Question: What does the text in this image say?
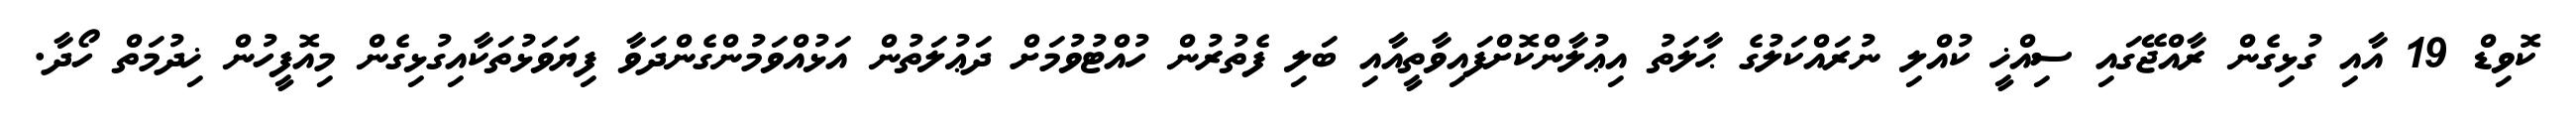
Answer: ކޮވިޑް 19 އާއި ގުޅިގެން ރާއްޖޭގައި ސިއްޚީ ކުއްލި ނުރައްކަލުގެ ޙާލަތު އިޢުލާންކޮށްފައިވާތީއާއި ބަލި ފެތުރުން ހުއްޓުވުމަށް ދަޢުލަތުން އަޅުއްވަމުންގެންދަވާ ފިޔަވަޅުތަކާއިގުޅިގެން މިއޮފީހުން ޚިދުމަތް ހޯދާ.